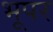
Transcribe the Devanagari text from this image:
भूपर